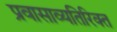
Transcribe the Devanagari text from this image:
प्रवासाव्यतिरिक्त